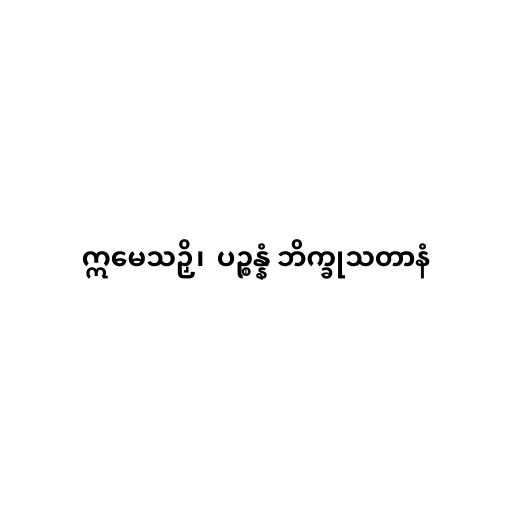
ဣမေသဉှိ၊  ပဉ္စန္နံ ဘိက္ခုသတာနံ